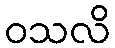
ဝသလိ